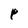
Character: p